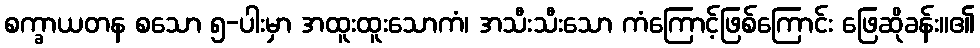
စက္ခာယတန စသော ၅-ပါးမှာ အထူးထူးသောကံ၊ အသီးသီးသော ကံကြောင့်ဖြစ်ကြောင်း ဖြေဆိုခန်း။၏